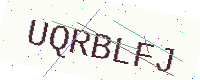
Text: UQRBLFJ